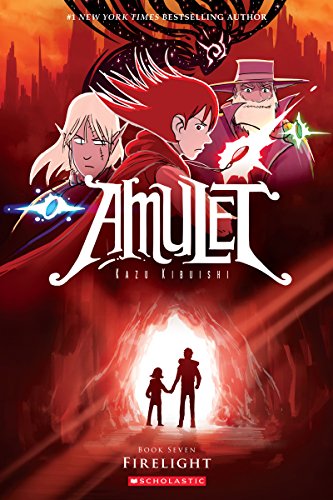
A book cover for Firelight (Amulet #7); Kazu Kibuishi; Children's Books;